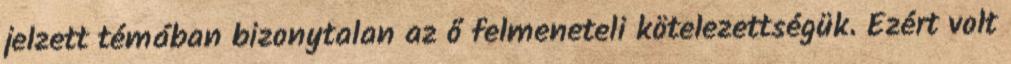
jelzett témában bizonytalan az ő felmeneteli kötelezettségük. Ezért volt